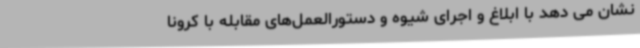
نشان می دهد با ابلاغ و اجرای شیوه و دستورالعمل‌های مقابله با کرونا